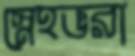
স্নেহভরা